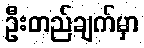
ဦးတည်ချက်မှာ